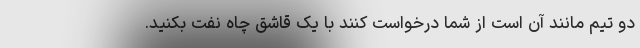
دو تیم مانند آن است از شما درخواست کنند با یک قاشق چاه نفت بکنید.